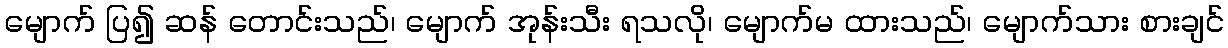
မျောက် ပြ၍ ဆန် တောင်းသည်၊ မျောက် အုန်းသီး ရသလို၊ မျောက်မ ထားသည်၊ မျောက်သား စားချင်